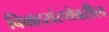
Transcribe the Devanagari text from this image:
विवाहसंस्थेवरील